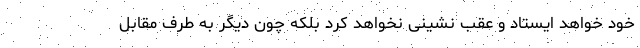
خود خواهد ایستاد و عقب نشینی نخواهد کرد بلکه چون دیگر به طرف مقابل